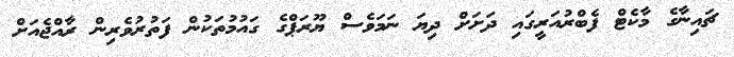
ޗައިނާގެ މާކެޓް ފެބްރުއަރީގައި ދަށަށް ދިޔަ ނަމަވެސް ޔޫރަޕްގެ ގައުމުތަކުން ފަތުރުވެރިން ރާއްޖެއަށް